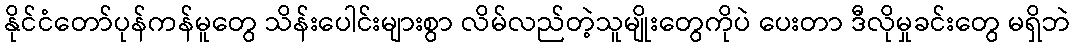
နိုင်ငံတော်ပုန်ကန်မူတွေ သိန်းပေါင်းများစွာ လိမ်လည်တဲ့သူမျိုးတွေကိုပဲ ပေးတာ ဒီလိုမှုခင်းတွေ မရှိဘဲ